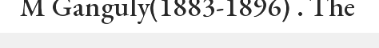
M Ganguly(1883-1896) . The